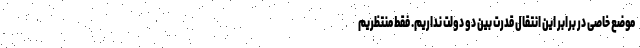
موضع خاصی در برابر این انتقال قدرت بین دو دولت نداریم. فقط منتظریم